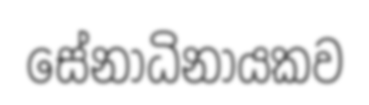
සේනාධිනායකව